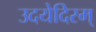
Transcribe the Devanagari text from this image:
उदयेदिरम्